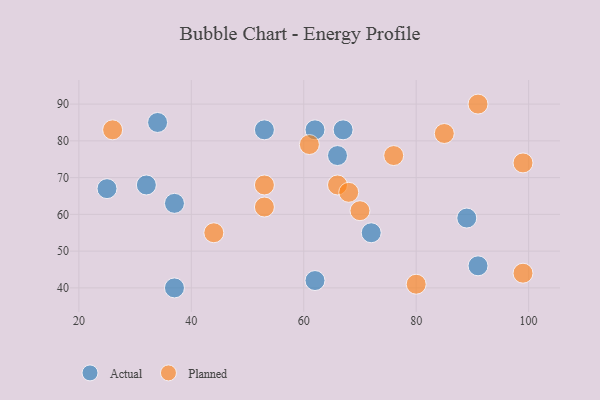
{"axis": {"x": "GDP", "y": "Life Expectancy"}, "legend": ["Actual", "Planned"], "data": [{"x": "72", "y": 55, "type": "Actual"}, {"x": "32", "y": 68, "type": "Actual"}, {"x": "62", "y": 42, "type": "Actual"}, {"x": "37", "y": 40, "type": "Actual"}, {"x": "67", "y": 83, "type": "Actual"}, {"x": "53", "y": 83, "type": "Actual"}, {"x": "25", "y": 67, "type": "Actual"}, {"x": "89", "y": 59, "type": "Actual"}, {"x": "34", "y": 85, "type": "Actual"}, {"x": "66", "y": 76, "type": "Actual"}, {"x": "37", "y": 63, "type": "Actual"}, {"x": "91", "y": 46, "type": "Actual"}, {"x": "62", "y": 83, "type": "Actual"}, {"x": "85", "y": 82, "type": "Planned"}, {"x": "80", "y": 41, "type": "Planned"}, {"x": "66", "y": 68, "type": "Planned"}, {"x": "70", "y": 61, "type": "Planned"}, {"x": "99", "y": 44, "type": "Planned"}, {"x": "61", "y": 79, "type": "Planned"}, {"x": "76", "y": 76, "type": "Planned"}, {"x": "26", "y": 83, "type": "Planned"}, {"x": "44", "y": 55, "type": "Planned"}, {"x": "53", "y": 68, "type": "Planned"}, {"x": "99", "y": 74, "type": "Planned"}, {"x": "91", "y": 90, "type": "Planned"}, {"x": "68", "y": 66, "type": "Planned"}, {"x": "53", "y": 62, "type": "Planned"}]}